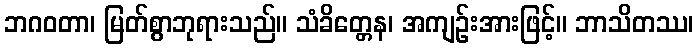
ဘဂဝတာ၊ မြတ်စွာဘုရားသည်။ သံခိတ္တေန၊ အကျဉ်းအားဖြင့်။ ဘာသိတဿ၊